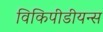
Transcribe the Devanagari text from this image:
विकिपीडीयन्स